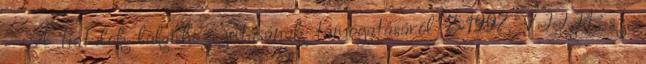
– A fiatalok lakáshoz jutásának támogatásáról 7-1997. VIII.1. sz.